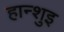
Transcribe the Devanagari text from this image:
हान्शुइ